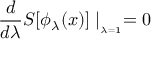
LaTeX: \frac { d } { d \lambda } S [ \phi _ { \lambda } ( x ) ] \mid _ { _ { \lambda = 1 } } = 0